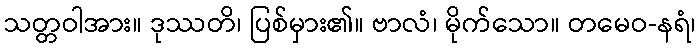
သတ္တဝါအား။ ဒုဿတိ၊ ပြစ်မှား၏။ ဗာလံ၊ မိုက်သော။ တမေဝ-နရံ၊